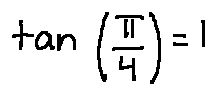
\tan ( \frac { \pi } { 4 } ) = 1